Piroplasma canis and its life cycle in the tick - Number 29
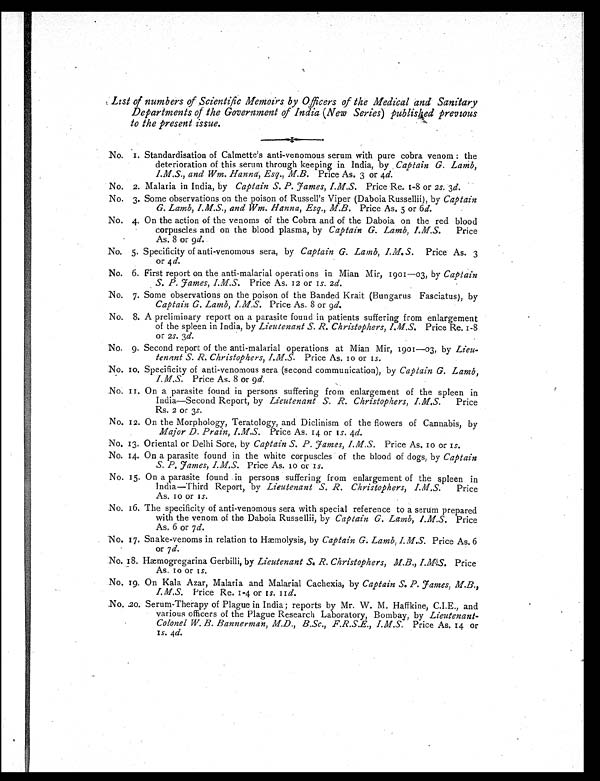
List of numbers of Scientific Memoirs by Officers of the Medical and Sanitary
Departments of the Government of India (New Series) published previous
to the present issue.
No. 1. Standardisation of Calmette's anti-venomous serum with pure cobra venom : the
deterioration of this serum through keeping in India, by Captain G. Lamb,
I.M.S., and Wm. Hanna, Esq., M.B. Price As. 3 or 4 d.
No. 2. Malaria in India, by Captain S. P. James, I.M.S. Price Re. 1-8 or 2 s. 3d.
No. 3. Some observations on the poison of Russell's Viper (Daboia Russellii), by Captain
G. Lamb, I.M.S., and Wm. Hanna, Esq., M.B. Price As. 5 or 6 d.
No. 4. On the action of the venoms of the Cobra and of the Daboia on the red blood
corpuscles and on the blood plasma, by Captain G. Lamb, I.M.S. Price
As. 8 or 9d.
No. 5. Specificity of anti-venomous sera, by Captain G. Lamb, I.M.S. Price As. 3
or 4 d.
No. 6. First report on the anti-malarial operations in Mian Mir, 1901-03, by Captain
S. P. James, I.M.S. Price As. 12 or 1s. 2 d.
No. 7. Some observations on the poison of the Banded Krait (Bungarus Fasciatus), by
Captain G. Lamb, I.M.S. Price As. 8 or 9d.
No. 8. A preliminary report on a parasite found in patients suffering from enlargement
of the spleen in India, by Lieutenant S. R. Christophers, I.M.S. Price Re. 1-8
or 2 s. 3d.
No. 9. Second report of the anti-malarial operations at Mian Mir, 1901—03, by Lieu-
tenant S. R. Christophers, I.M.S. Price As. 10 or 1 s.
No. 10. Specificity of anti-venomous sera (second communication), by Captain G. Lamb,
I.M.S. Price As. 8 or 9d.
No. 11. On a parasite found in persons suffering from enlargement of the spleen in
India—Second Report, by Lieutenant S. R. Christophers, I.M.S. Price
Rs. 2 or 3s.
No. 12. On the Morphology, Teratology, and Diclinism of the flowers of Cannabis, by
Major D. Prain, I.M.S. Price As. 14 or 1s. 4d.
No. 13. Oriental or Delhi Sore, by Captain S. P. James, I.M.S. Price As. 10 or 1s.
No. 14. On a parasite found in the white corpuscles of the blood of dogs, by Captain
S. P. James, I.M.S. Price As. 10 or 1s.
No. 15. On a parasite found in persons suffering from enlargement of the spleen in
India—Third Report, by Lieutenant S. R. Christophers, I.M.S. Price
As. 10 or 1s.
No. 16. The specificity of anti-venomous sera with special reference to a serum prepared
with the venom of the Daboia Russellii, by Captain G. Lamb, I.M.S. Price
As. 6 or 7 d.
No. 17. Snake-venoms in relation to Hæmolysis, by Captain G. Lamb, I.M.S. Price As. 6
or 7 d.
No. 18. Hæmogregarina Gerbilli, by Lieutenant S. R. Christophers, M.B., I.M.S. Price
As. 10 or 1s.
No. 19. On Kala Azar, Malaria and Malarial Cachexia, by Captain S. P. James, M.B.,
I.M.S. Price Re. 1-4 or 1 s. 11 d.
No. 20. Serum-Therapy of Plague in India; reports by Mr. W. M. Haffkine, C.I.E., and
various officers of the Plague Research Laboratory, Bombay, by Lieutenant-
Colonel W. B. Bannerman, M.D., B.Sc., F.R.S.E., I.M.S. Price As. 14 or
1
s
. 4
d .